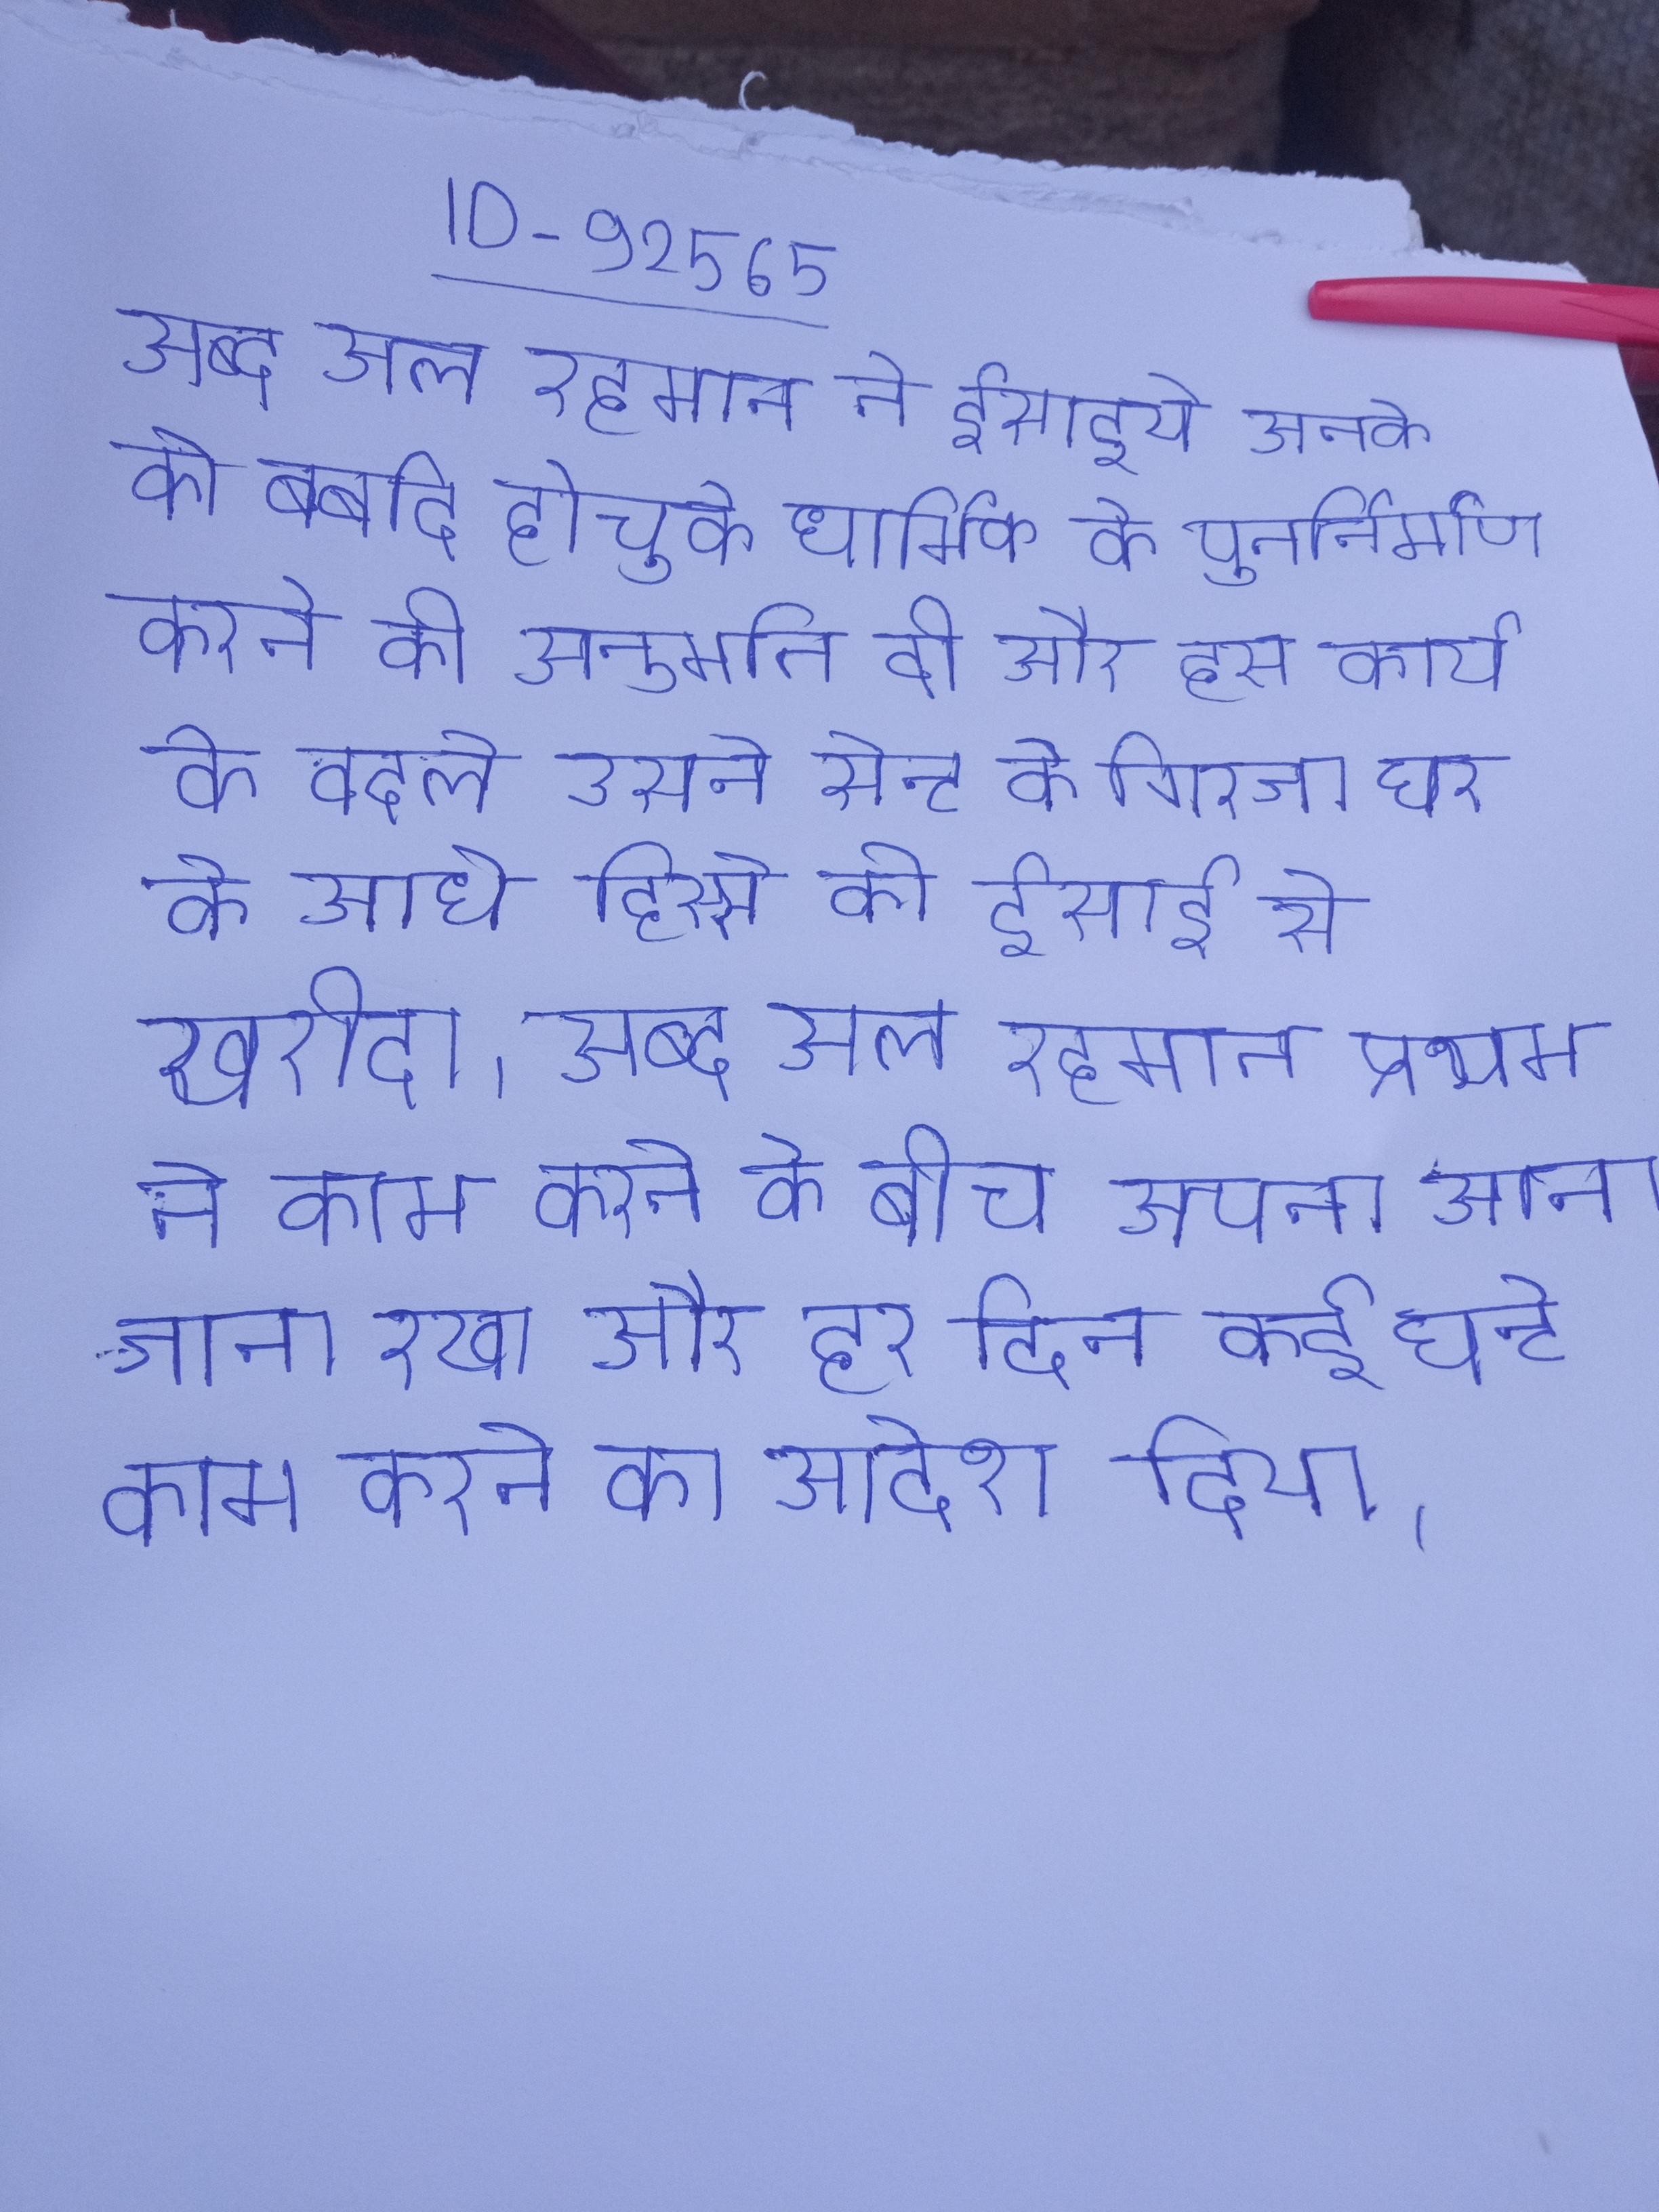
अब्द अल रहमान ने ईसाइयो उनके को बर्बाद हो चुके धार्मिक के पुनर्निर्माण करने की अनुमति दी और इस कार्य के बदले उसने सेन्ट के गिरजा घर के आधे हिस्से को ईसाई से खरीदा । अब्द अल रहमान प्रथम ने काम करने के बीच अपना आना जाना रखा और हर दिन कई घन्टे काम करने का आदेश दिया ।